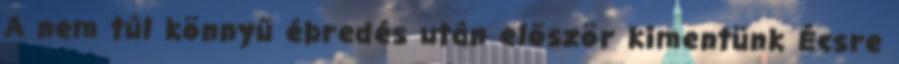
A nem túl könnyű ébredés után először kimentünk Écsre